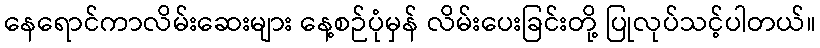
နေရောင်ကာလိမ်းဆေးများ နေ့စဉ်ပုံမှန် လိမ်းပေးခြင်းတို့ ပြုလုပ်သင့်ပါတယ်။